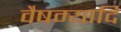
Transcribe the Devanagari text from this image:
वैषम्यादि